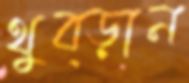
থুব্‌ড়ান